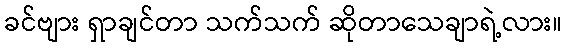
ခင်ဗျား ရှာချင်တာ သက်သက် ဆိုတာသေချာရဲ့လား။